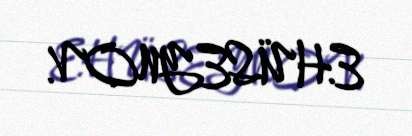
E.HÜSEYNOV.